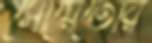
সোয়েতোর